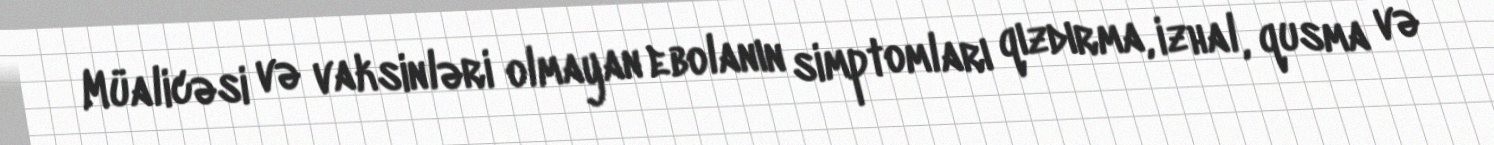
Müalicəsi və vaksinləri olmayan ebolanın simptomları qızdırma, izhal, qusma və